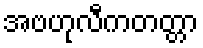
အဗဟုလီကတတ္တာ